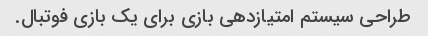
طراحی سیستم امتیازدهی بازی برای یک بازی فوتبال.